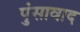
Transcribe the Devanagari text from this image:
पुंसावाद